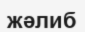
жәлиб